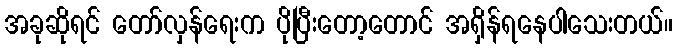
အခုဆိုရင် တော်လှန်ရေးက ပိုပြီးတော့တောင် အရှိန်ရနေပါသေးတယ်။